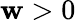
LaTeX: \mathbf{w}>0